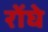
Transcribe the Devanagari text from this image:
रोंघे